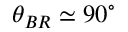
\theta _ { B R } \simeq 9 0 ^ { \circ }